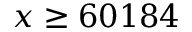
x \geq 6 0 1 8 4